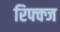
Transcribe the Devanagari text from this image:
रिफ्क्ज